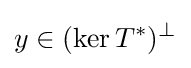
y\in (\ker T^{*})^{\perp }